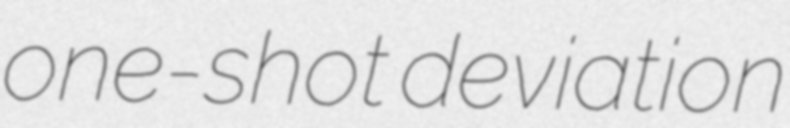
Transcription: one-shot deviation